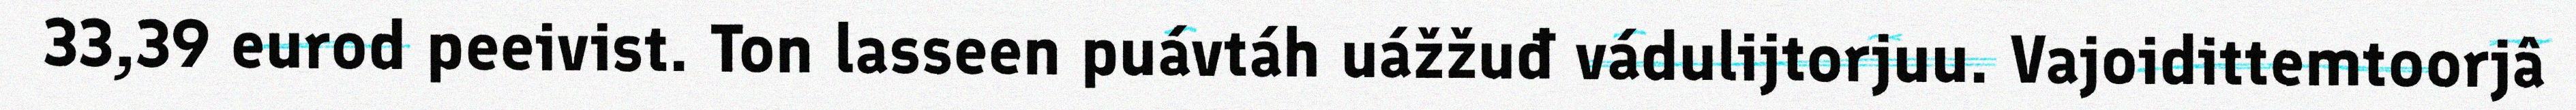
33,39 eurod peeivist. Ton lasseen puávtáh uážžuđ vádulijtorjuu. Vajoidittemtoorjâ